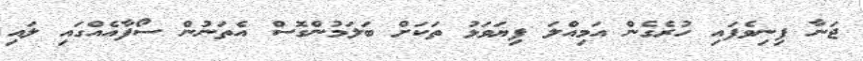
ޖަނާ ފިނިވެފައި ހުރެގެން އަމިއްލަ ފިޔަވަޅު ތަކަށް ބަލަމުންގޮސް އެތަނުން ސޯފާއެއްގައި ލައި